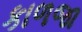
કાળજા